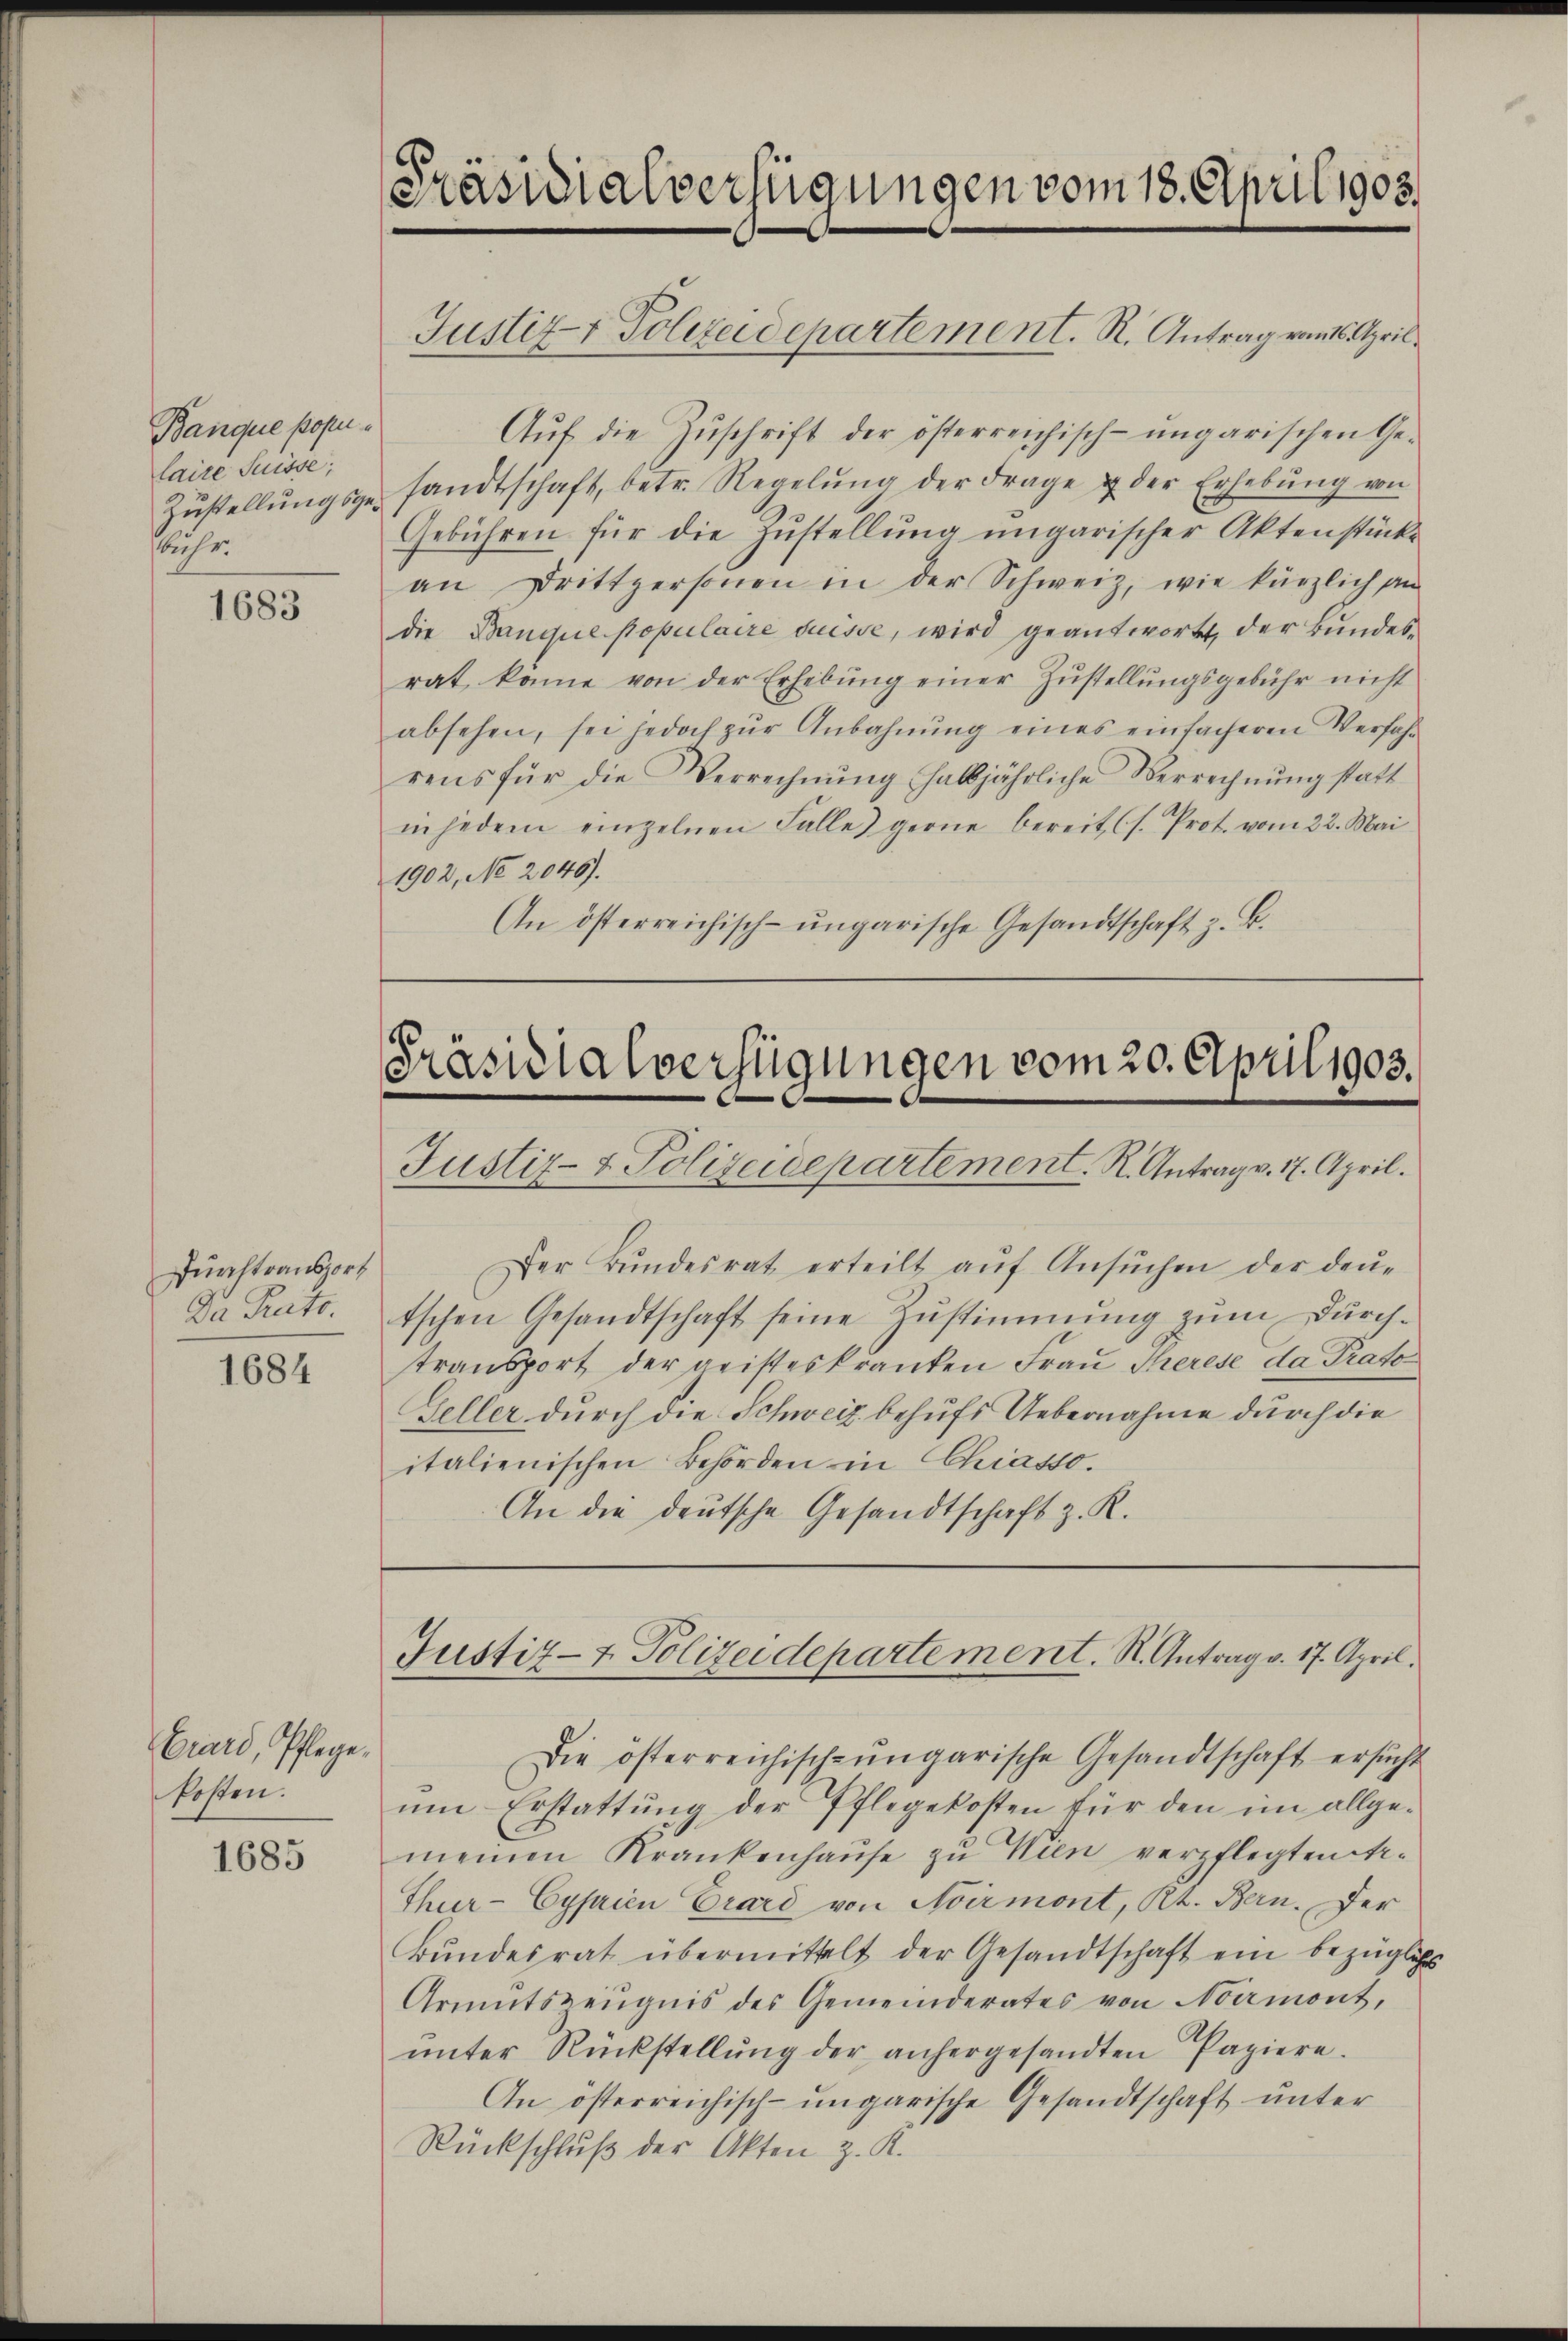
Banque popu
laire Suisse;
uhr

1683

Durchtransport
Da Perto.

1684

Erard, Pflege,
fosten.

1685

[Präsidialverfügungen vom 18. April 1905.

Justiz- & Polizeidepartement. R. Antrag vom 16. April

Präsidialverfügungen vom 20. April 1903.
Justiz- & Polizeidepartement. R. Antrag v. 17. April.

Der Bŭndesrat erteilt aŭf Ansŭchen der deŭ-
tschen Gesandtschaft seine Zŭstimmung zŭm Dŭrch-
transport der geisteskranken Frau Therese da Prato
Geller durch die Schweiz behufs Uebernahme durch die
italienischen Behörden in Chiasso.
An die deutsche Gesandtschaft z. R.

Justiz- & Polizeidepartement. R. Antrag v. 17. April.

Aŭf die Zŭschrift der österreichisch-ungarischen Ge-
Zŭstellŭngsgesandtschaft, betr. Regelŭng der Frage u der Erhebŭng von
Gebühren für die Zŭstellŭng ungarischer Aktenstücke
an Drittpersonen in der Schweiz, wie kürzlich an
die Banque populaire duesse, wird geantwortet, der Bundesrat könne von der Erhebŭng einer Zustellungsgebühr nicht
absehen, sei jedoch zŭr Anbahnŭng eines einfacheren Verfahr
rens für die Verrechnŭng halbjährliche Verrechnŭng statt
in jedem einzelnen Falle) gerne bereit (s. Prot. vom 22. Mai
1902, No 2045).
An österreichisch-ungarische Gesandtschaft z. B.

Die österreichisch-ungarische Gesandtschaft ersucht
ŭm Erstattŭng der Pflegekosten für den im allge-
meinen Krankenhaŭse zu Wien verpflegten Ar¬
Thur-Cyprien Crard von Avirmont, Rt. Bern. Der
Bundesrat übermittelt der Gesandtschaft ein bezügliches
Armutszeŭgnis des Gemeinderates von Noirmont,
ŭnter Rückstellŭng der anhergesandten Papiere.
An österreichisch-ungarische Gesandtschaft unter
Rückschluß der Akten z. K.